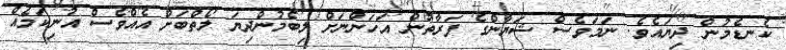
ކެނޑެމުން ދިޔައެވެ. ނަމަވެސް ޝަޔާންގެ ފަރާތުން އަހަންނަށް ލިބެމުންދިޔަ ލޯތްބަށް އެއްވެސް އުނިކަމެއް